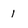
Character: 1